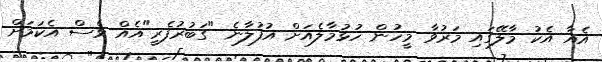
އެއާ އެކު މާލޭގައި މަރުވާ މީހުން ހުޅުމާލެއަށް އުފުލާނެ "ގަބުރުފެރީ"އެއް ވެސް އެކަމަށް